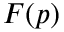
F ( p )